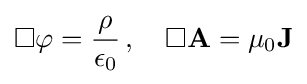
\Box \varphi ={\dfrac {\rho }{\epsilon _{0}}}\,,\quad \Box \mathbf {A} =\mu _{0}\mathbf {J}